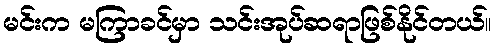
မင်းက မကြာခင်မှာ သင်းအုပ်ဆရာဖြစ်နိုင်တယ်။